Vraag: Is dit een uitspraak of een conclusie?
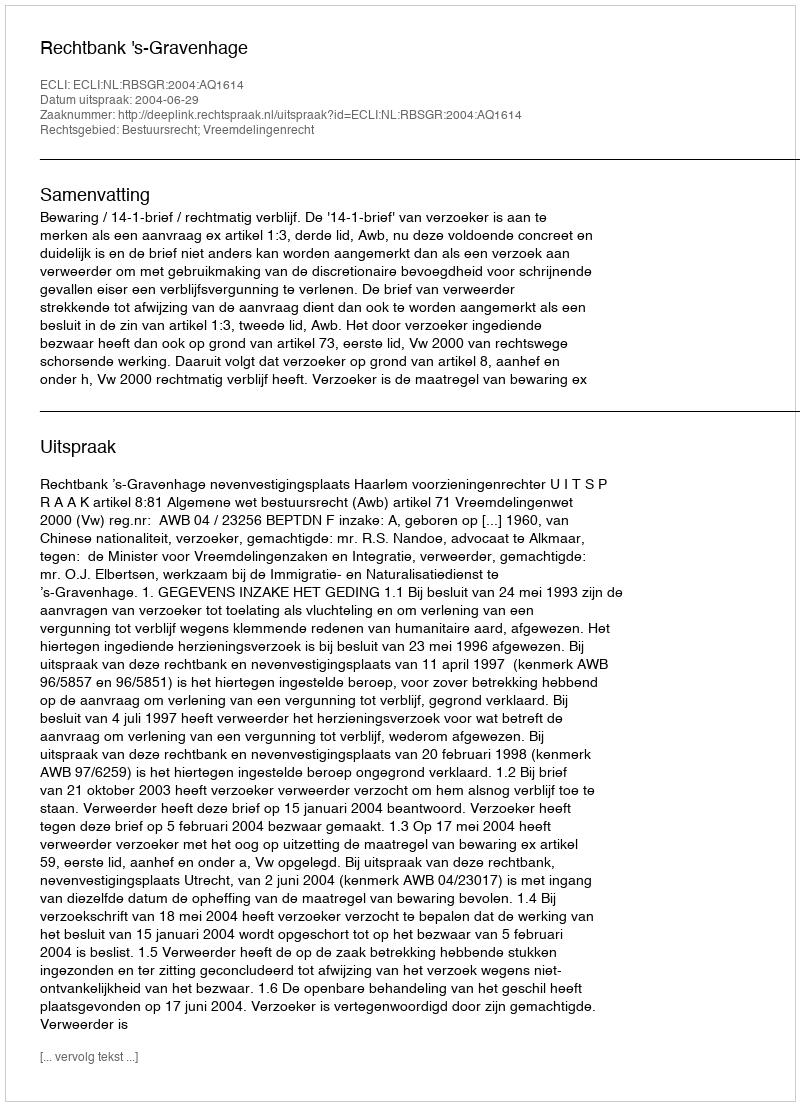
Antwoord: Uitspraak